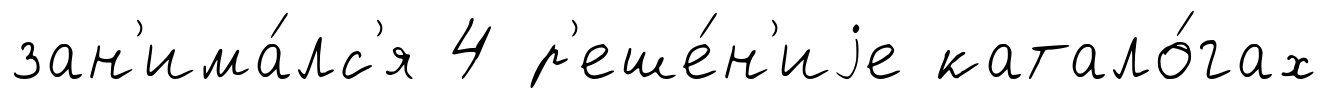
зан'има́лс'я 4 р'еше́н'иjе катало́гах